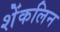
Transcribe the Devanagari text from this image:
शेंकलिन